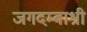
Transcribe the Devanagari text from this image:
जगदम्बाश्री